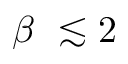
\beta \ \lesssim 2